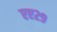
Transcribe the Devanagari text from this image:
एए२९